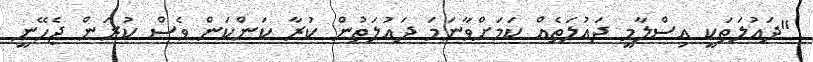
"ދައުލަތަކީ އިސްލާމީ ދައުލަތެއް ކަމަށްވާނަމަ ދައުލަތުން ކުރާ ކަންކަން ވެސް ކުރަން ޖެހޭނީ